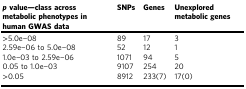
| p value—class across metabolic phenotypes in human GWAS data | SNPs | Genes | Unexplored metabolic genes |
 | --- | --- | --- | --- |
 | >5.0e−08 | 89 | 17 | 3 |
 | 2.59e−06 to 5.0e−08 | 52 | 12 | 1 |
 | 1.0e−03 to 2.59e−06 | 1071 | 94 | 5 |
 | 0.05 to 1.0e−03 | 9107 | 254 | 20 |
 | >0.05 | 8912 | 233(7) | 17(0) |